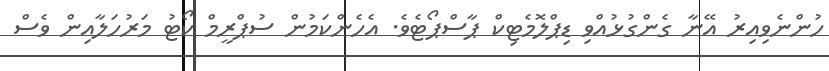
ހުންނެވިއިރު އޭނާ ގެންގުޅުއްވި ޑިޕްލޮމެޓިކް ޕާސްޕޯޓެވެ. އެހެންކަމުން ސުޕްރީމް ކޯޓު މަރުހަލާއިން ވެސް